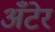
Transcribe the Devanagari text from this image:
अँटेर